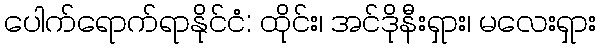
ပေါက်ရောက်ရာနိုင်ငံ: ထိုင်း၊ အင်ဒိုနီးရှား၊ မလေးရှား